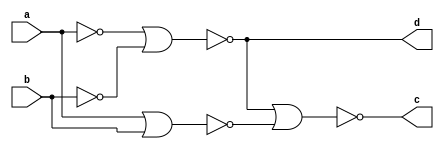
/* Generated by Yosys 0.35+29 (git sha1 2a18fe5fa, clang++  -fPIC -Os) */

(* top =  1  *)
(* src = "./test1.v:1.1-9.10" *)
module test(a, b, d, c);
  (* src = "./test1.v:2.15-2.16" *)
  wire _00_;
  (* src = "./mycells-not-working.v:3.7-3.8" *)
  wire _01_;
  (* src = "./mycells-not-working.v:4.8-4.9" *)
  wire _02_;
  (* src = "./mycells-not-working.v:3.7-3.8" *)
  wire _03_;
  (* src = "./mycells-not-working.v:4.8-4.9" *)
  wire _04_;
  (* src = "./mycells-not-working.v:13.7-13.8" *)
  wire _05_;
  (* src = "./mycells-not-working.v:13.10-13.11" *)
  wire _06_;
  (* src = "./mycells-not-working.v:14.8-14.9" *)
  wire _07_;
  (* src = "./mycells-not-working.v:13.7-13.8" *)
  wire _08_;
  (* src = "./mycells-not-working.v:13.10-13.11" *)
  wire _09_;
  (* src = "./mycells-not-working.v:14.8-14.9" *)
  wire _10_;
  (* src = "./mycells-not-working.v:13.7-13.8" *)
  wire _11_;
  (* src = "./mycells-not-working.v:13.10-13.11" *)
  wire _12_;
  (* src = "./mycells-not-working.v:14.8-14.9" *)
  wire _13_;
  (* src = "./test1.v:3.15-3.16" *)
  wire _14_;
  (* src = "./test1.v:5.16-5.17" *)
  wire _15_;
  (* src = "./test1.v:4.16-4.17" *)
  wire _16_;
  wire _17_;
  wire _18_;
  wire _19_;
  (* src = "./mycells-not-working.v:4.12-4.14" *)
  wire _20_;
  (* src = "./mycells-not-working.v:4.12-4.14" *)
  wire _21_;
  (* src = "./mycells-not-working.v:14.12-14.20" *)
  wire _22_;
  (* src = "./mycells-not-working.v:14.14-14.19" *)
  wire _23_;
  (* src = "./mycells-not-working.v:14.12-14.20" *)
  wire _24_;
  (* src = "./mycells-not-working.v:14.14-14.19" *)
  wire _25_;
  (* src = "./mycells-not-working.v:14.12-14.20" *)
  wire _26_;
  (* src = "./mycells-not-working.v:14.14-14.19" *)
  wire _27_;
  (* src = "./test1.v:2.15-2.16" *)
  input a;
  wire a;
  (* src = "./test1.v:3.15-3.16" *)
  input b;
  wire b;
  (* src = "./test1.v:5.16-5.17" *)
  output c;
  wire c;
  (* src = "./test1.v:4.16-4.17" *)
  output d;
  wire d;
  assign _20_ = ~ (* src = "./mycells-not-working.v:4.12-4.14" *) _01_;
  assign _21_ = ~ (* src = "./mycells-not-working.v:4.12-4.14" *) _03_;
  assign _22_ = ~ (* src = "./mycells-not-working.v:14.12-14.20" *) _23_;
  assign _23_ = _05_ | (* src = "./mycells-not-working.v:14.14-14.19" *) _06_;
  assign _24_ = ~ (* src = "./mycells-not-working.v:14.12-14.20" *) _25_;
  assign _25_ = _08_ | (* src = "./mycells-not-working.v:14.14-14.19" *) _09_;
  assign _26_ = ~ (* src = "./mycells-not-working.v:14.12-14.20" *) _27_;
  assign _27_ = _11_ | (* src = "./mycells-not-working.v:14.14-14.19" *) _12_;
  assign _00_ = a;
  assign _14_ = b;
  assign d = _16_;
  assign c = _15_;
  assign _13_ = _26_;
  assign _11_ = _16_;
  assign _12_ = _19_;
  assign _15_ = _13_;
  assign _10_ = _24_;
  assign _08_ = _00_;
  assign _09_ = _14_;
  assign _19_ = _10_;
  assign _07_ = _22_;
  assign _05_ = _17_;
  assign _06_ = _18_;
  assign _16_ = _07_;
  assign _04_ = _21_;
  assign _03_ = _14_;
  assign _18_ = _04_;
  assign _02_ = _20_;
  assign _01_ = _00_;
  assign _17_ = _02_;
endmodule